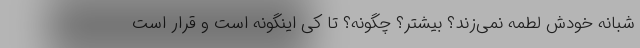
شبانه خودش لطمه نمی‌زند؟ بیشتر؟ چگونه؟ تا کی اینگونه است و قرار است